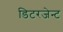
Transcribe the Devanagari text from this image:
डिटरजेन्ट